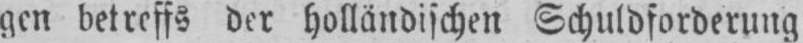
gen betreffs der holländischen Schuldforderung